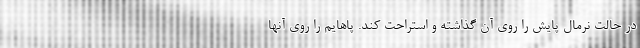
در حالت نرمال پایش را روی آن گذاشته و استراحت کند. پاهایم را روی آنها